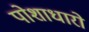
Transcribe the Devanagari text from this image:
पोशाधारो